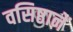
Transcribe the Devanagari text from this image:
वसिष्ठानें